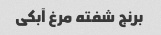
برنج شفته مرغ آبکی